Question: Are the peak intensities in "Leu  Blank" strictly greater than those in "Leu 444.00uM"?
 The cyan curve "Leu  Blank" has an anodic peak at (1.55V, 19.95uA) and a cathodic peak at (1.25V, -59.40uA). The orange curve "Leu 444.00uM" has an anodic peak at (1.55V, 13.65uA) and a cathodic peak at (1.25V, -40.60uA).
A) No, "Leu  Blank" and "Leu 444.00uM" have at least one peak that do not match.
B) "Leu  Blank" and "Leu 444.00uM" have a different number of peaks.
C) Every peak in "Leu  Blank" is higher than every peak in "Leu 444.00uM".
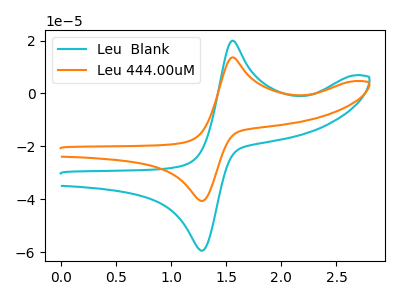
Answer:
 <answer>C) Every peak in "Leu  Blank" is higher than every peak in "Leu 444.00uM".</answer>
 <eval>C</eval>